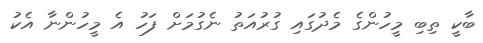
ބާކީ ތިބި މީހުންގެ މެދުގައި ގުރުއަތު ނެގުމަށް ފަހު އެ މީހުންނާ އެކު